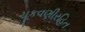
ચૂકવણીરહિત